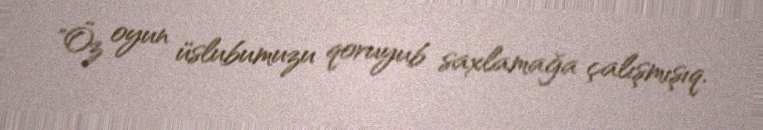
"Öz oyun üslubumuzu qoruyub saxlamağa çalışmışıq.